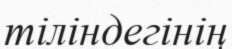
тіліндегінің